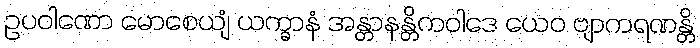
ဥပဝါဏော မောစေယျံ ယက္ခာနံ အန္တာနန္တိကဝါဒေ ယေဝ ဗျာကရဏန္တိ